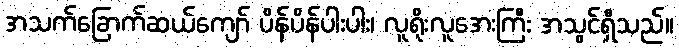
အသက်ခြောက်ဆယ်ကျော် ပိန်ပိန်ပါးပါး၊ လူရိုးလူအေးကြီး အသွင်ရှိသည်။